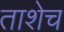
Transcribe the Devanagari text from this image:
ताशेच